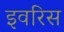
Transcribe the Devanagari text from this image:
इवरिस